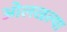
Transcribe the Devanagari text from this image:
ओलखल्या